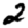
Digit: 2